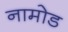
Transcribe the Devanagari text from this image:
नामोड